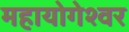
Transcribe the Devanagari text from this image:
महायोगेश्वर